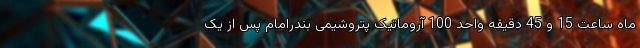
ماه ساعت 15 و 45 دقیقه واحد 100 آروماتیک پتروشیمی بندرامام پس از یک